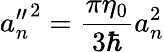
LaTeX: {a_{n}^{\prime\prime}}^{2}=\frac{\pi\eta_{0}}{3\hbar}a_{n}^{2}